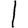
Digit: 1